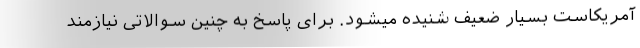
آمریکاست بسیار ضعیف شنیده میشود. برای پاسخ به چنین سوالاتی نیازمند